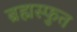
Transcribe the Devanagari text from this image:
ब्रह्मस्फुत